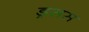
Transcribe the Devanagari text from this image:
ड्रसस